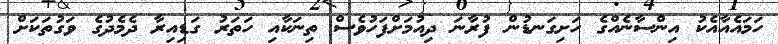
ހަމައެއާއެކު އިންސާނެއްގެ ހަށިގަނޑުން ފުރާނަ ދިއުމަށްފަހުވެސް ތިނަކާއި ހަތަރު ގަޑިއިރާ ދެމެދުގެ ވަގުތަކަށް